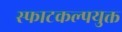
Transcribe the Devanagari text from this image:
स्फाटकल्पयुक्त